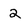
Character: 2